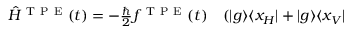
\begin{array} { r l } { \hat { H } ^ { \mathrm { ~ T ~ P ~ E ~ } } ( t ) = - \frac { \hbar } { 2 } f ^ { \mathrm { ~ T ~ P ~ E ~ } } ( t ) } & { { } ( \vert g \rangle \langle x _ { H } \vert + \vert g \rangle \langle x _ { V } \vert } \end{array}